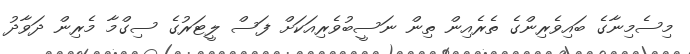
މިސެމިނާގެ ބައިވެރިންގެ ތެރެއިން ތިން ނަސީބުވެރިއަކަށް ފަސް ލީޓަރުގެ ސިގްމާ މެރިން ދަވާދު